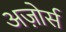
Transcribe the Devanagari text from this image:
अज़ोर्स